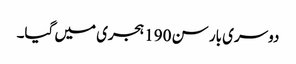
دوسری بار سن 190 ہجری میں گیا۔